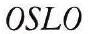
OSLO